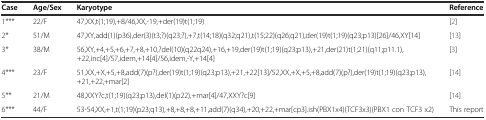
<table><thead><tr><td><b>Case</b></td><td><b>Age/Sex</b></td><td><b>Karyotype</b></td><td><b>Reference</b></td></tr></thead><tbody><tr><td>1***</td><td>22/F</td><td>47,XX,t(1;19),+8/46,XX,-19,+der(19)t(1;19)</td><td>[2]</td></tr><tr><td>2*</td><td>51/M</td><td>47,XY,add(1)(p36),der(3)(t3;?)(q23;?),+7,t(14;18)(q32;q21),t(15;22)(q26;q21),der(19)t(1;19)(q23;p13)[26]/46,XY[14]</td><td>[13]</td></tr><tr><td>3*</td><td>38/M</td><td>56,XY,+4,+5,+6,+7,+8,+10,?del(10)(q22q24),+16,+19,der(19)t(1;19)(q23;p13),+21,der(21)t(1;21)(q11;p11.1),+22,inc[4]/57,idem,+14[4]/56,idem,-Y,+14[4]</td><td>[3]</td></tr><tr><td>4***</td><td>23/F</td><td>51,XX,+X,+5,+8,add(7)(p?),der(19)t(1;19)(q23;p13),+21,+22[13]/52,XX,+X,+5,+8,add(7)(p?),der(19)t(1;19)(q23;p13),+21,+22,+mar[2]</td><td>[14]</td></tr><tr><td>5**</td><td>21/M</td><td>48,XXY?c,t(1;19)(q23;p13),del(1)(p22),+mar[4]/47,XXY?c[9]</td><td>[14]</td></tr><tr><td>6***</td><td>44/F</td><td>53-54,XX,+1,t(1;19)(p23;q13),+8,+8,+8,+11,add(7)(q34),+20,+22,+mar[cp3].ish(PBX1x4)(TCF3x3)(PBX1 con TCF3 x2)</td><td>This report</td></tr></tbody></table>